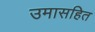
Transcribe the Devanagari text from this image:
उमासहित